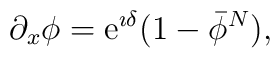
\partial_x\phi = {\mathrm e}^{\imath \delta} (1-\bar{\phi}^N),